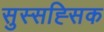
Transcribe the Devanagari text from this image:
सुस्सह्सिक